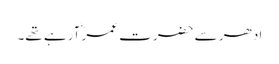
ادھر سے حضرت عمرؓ آرہے تھے۔